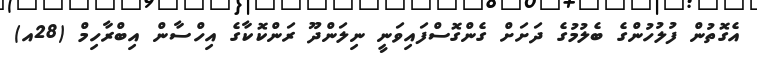
އެގޮތުން ފުލުހުންގެ ބެލުމުގެ ދަށަށް ގެންގޮސްފައިވަނީ ނިލަންދޫ ރަންކޮކާގެ އިހްސާން އިބްރާހިމް (28އ)